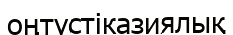
оңтүстіказиялық